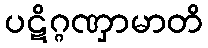
ပဋိဂ္ဂဏှာမာတိ